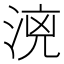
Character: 𣶑